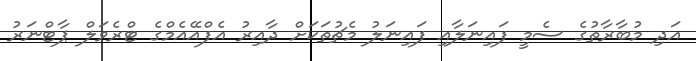
އަދި މުބާރާތުގެ ސެމީ ފައިނަލާއި ފައިނަލު މެޗުތަކަށް ދާއިރު އެފްއޭއެމްގެ ޓްރެވަލް ޕާޓްނަރު